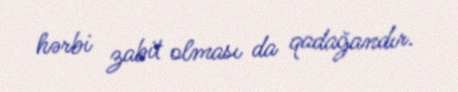
hərbi zabit olması da qadağandır.